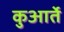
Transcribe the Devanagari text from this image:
कुआर्ते